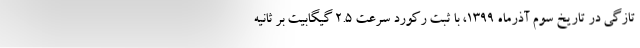
تازگی در تاریخ سوم آذرماه ۱۳۹۹، با ثبت رکورد سرعت ۲.۵ گیگابیت بر ثانیه